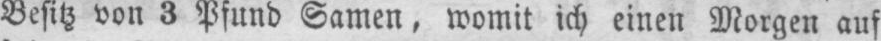
Besitz von 3 Pfund Samen, womit ich einen Morgen auf